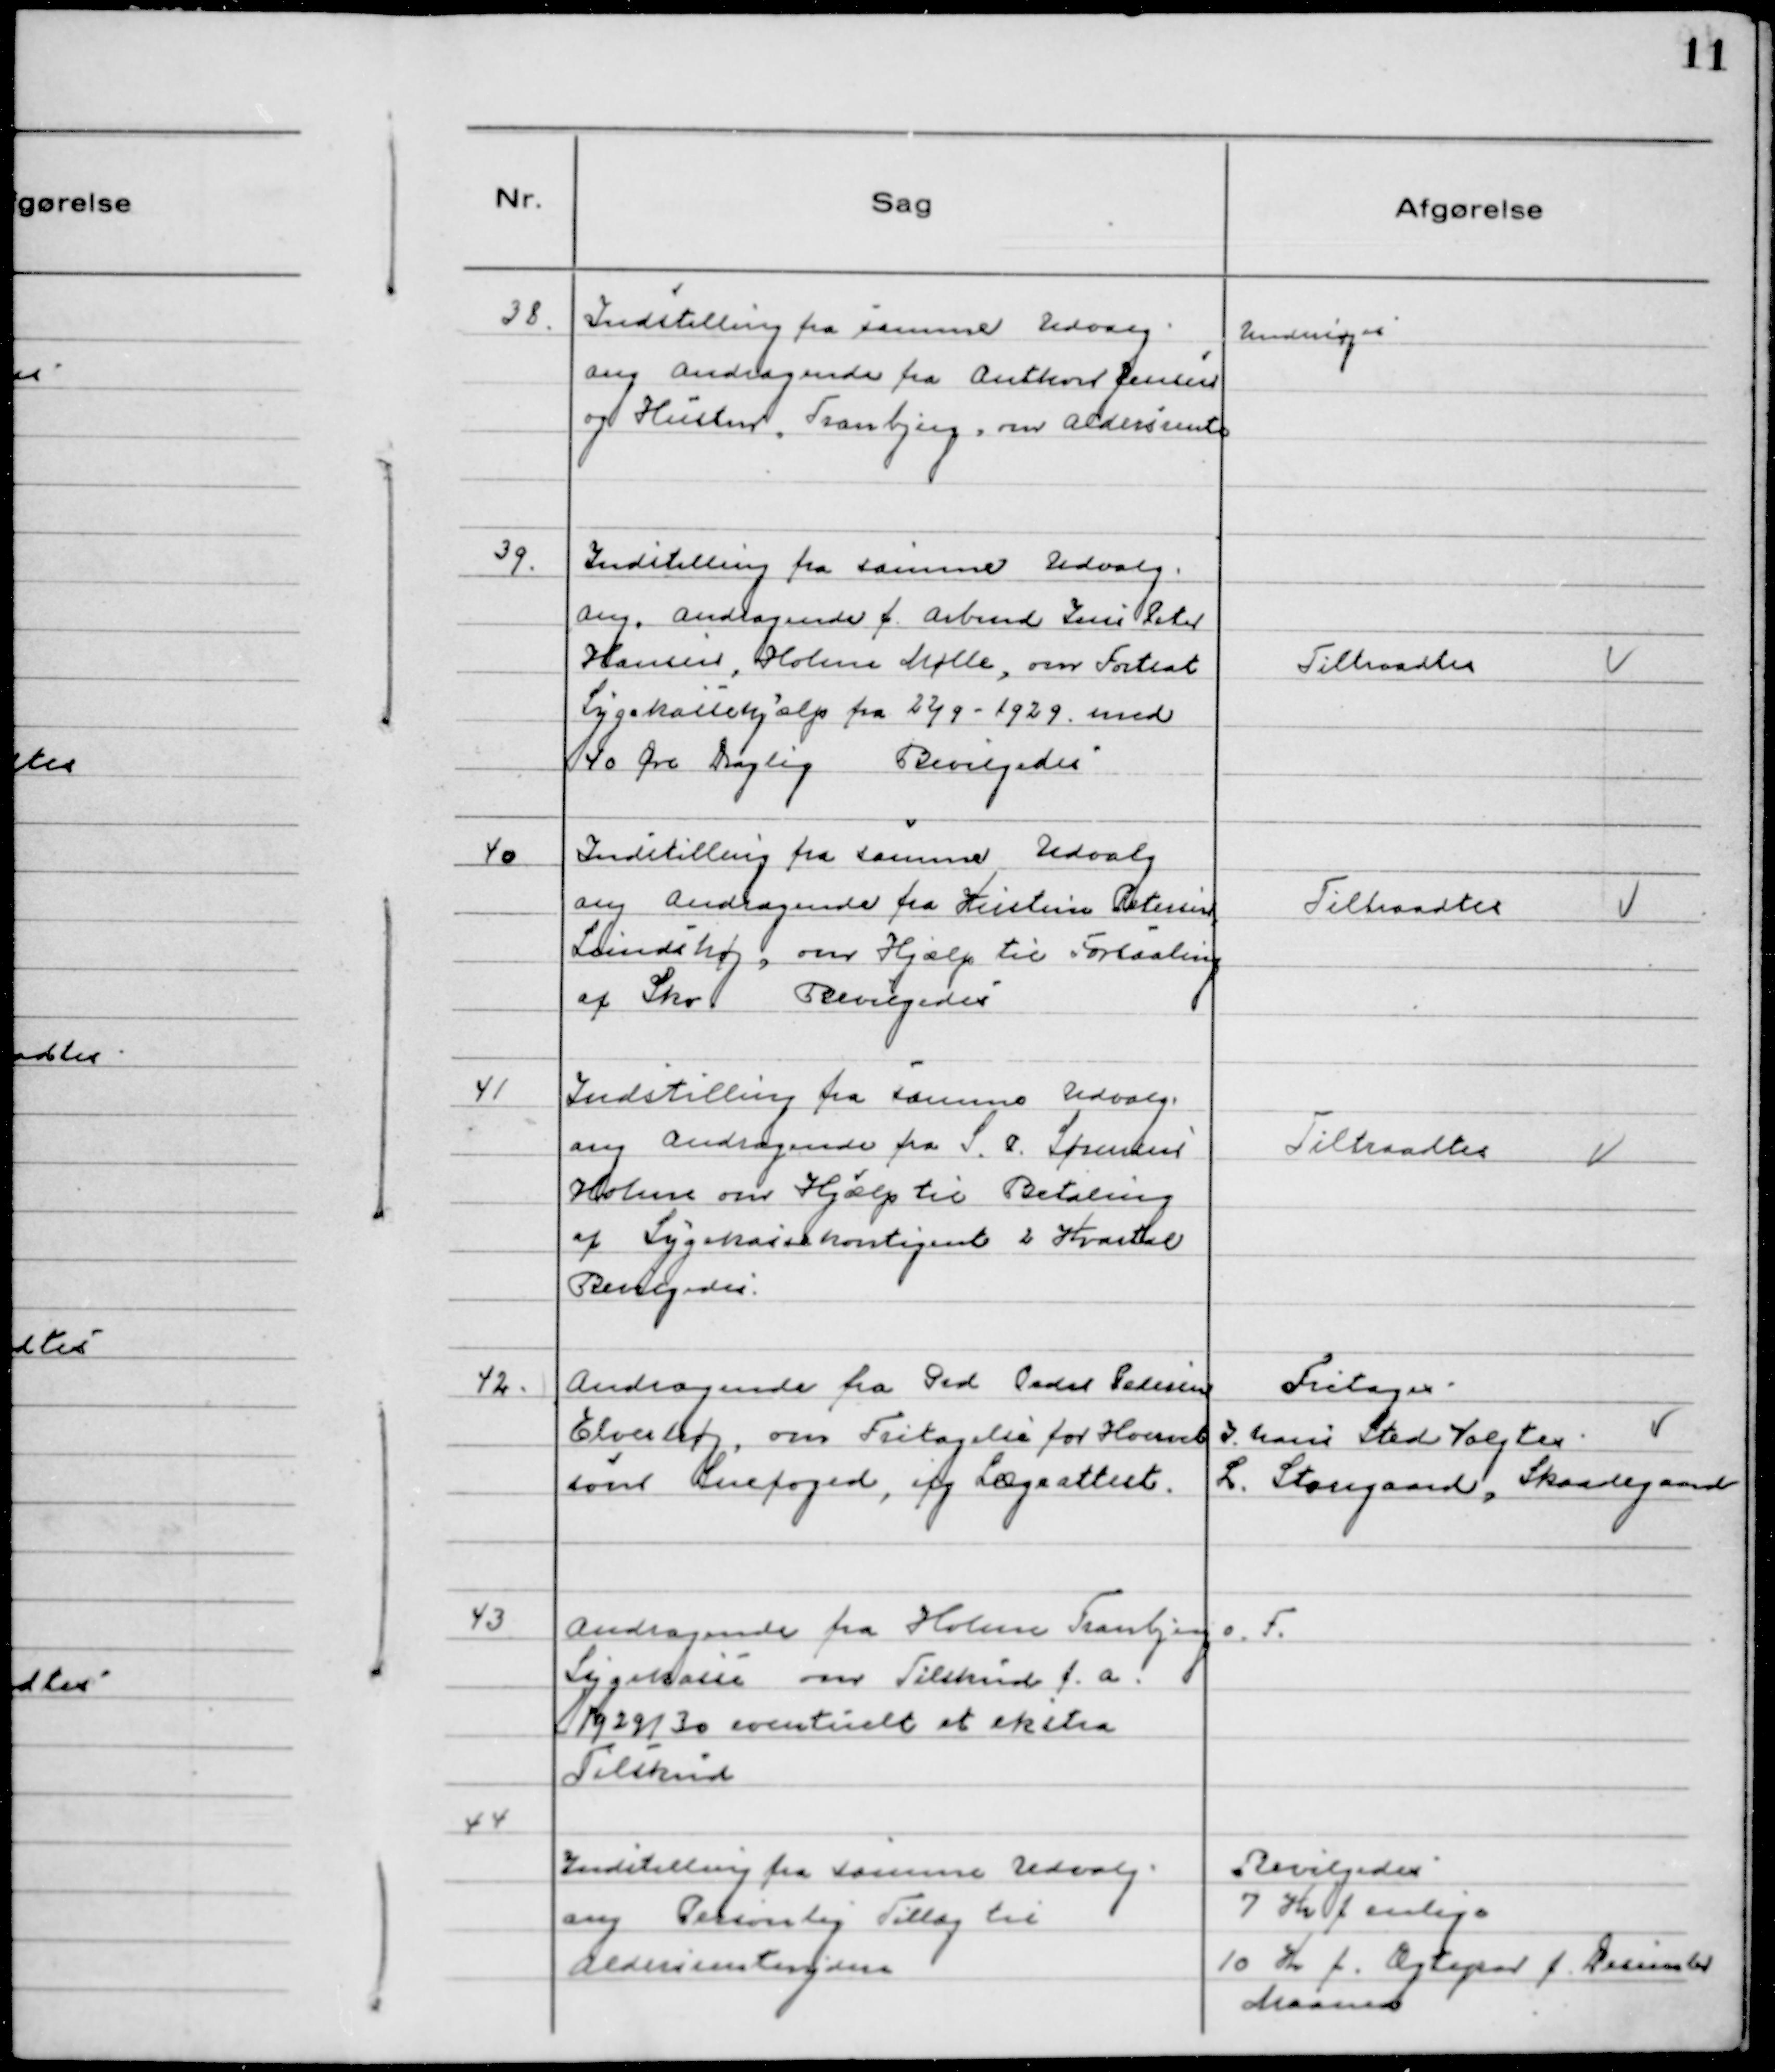
Transskription:
38. Indstilling fra samme Udvalg
ang Andragende fra Anthon Jensen
og Hustru, Tranbjerg, om Aldersrente

Undersøges

39. Indstilling fra samme Udvalg
ang. Andragende f. Arbmd Jens Peter
Hansen, Holme Mølle, om Fortsat
Sygekassehjælp fra 22/9 - 1929. med
40 Øre Daglig Bevilgedes

Tiltraadtes

40 Indstilling fra samme Udvalg
ang Andragende fra Kirstine Petersen,
Lundshøj, om Hjælp til Forsaaling
af Sko. Bevilgedes

Tiltraadtes

41 Indstilling fra samme Udvalg
ang Andragende fra S. A. Sørensen
Holme om Hjælp til Betaling
af Sygekassekontingent 2 Kvartal
Bevilgedes.

Tiltraadtes

42. Andragende fra Grd. Peder Pedesen
Elverhøj, om Fritagelse for Hvervet
som Snefoged, ifg Lægeattest.

Fritages.
I hans Sted Valgtes:
L. Stougaard, Skaadegaard

43 Andragende fra Holme Tranbjerg
Sygekasse om Tilskud f.a.
1929/30 eventuelt et ekstra
Tilskud

o. F.

44
Indstilling fra samme Udvalg
ang Personlig Tillæg til
Aldersrentenydere

Bevilgedes
7 Kr f enlige
10 Kr f. Ægtepar f. December
Maaned